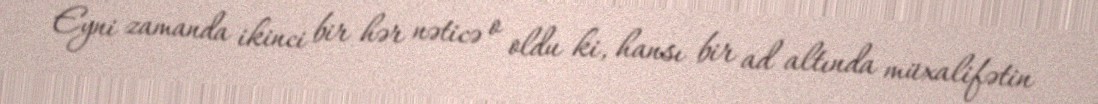
Eyni zamanda ikinci bir hər nəticə o oldu ki, hansı bir ad altında müxalifətin